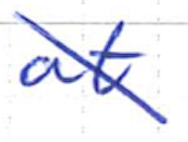
Text: at
Cross-out: mix
Writing tool: ballpoint